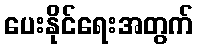
ပေးနိုင်ရေးအတွက်